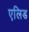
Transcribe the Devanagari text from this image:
एलिड